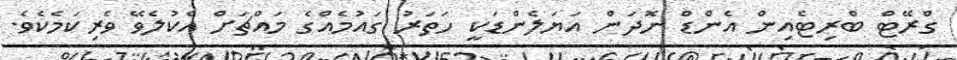
ގްރޭޓް ބްރިޓެއިން އެންޑް ނޮދަން އަޔަލެންޑަކީ ހަތަރު ގައުމެއްގެ މައްޗަށް އެކުލެވޭ ވެރިކަމެކެވެ.